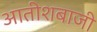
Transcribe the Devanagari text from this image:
आतीशबाजी